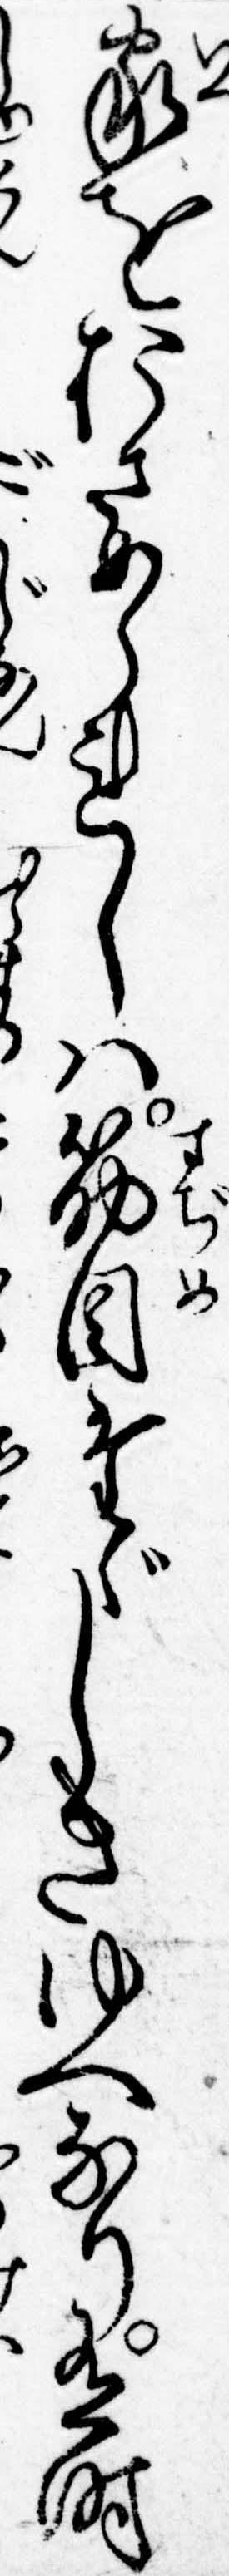
家をおさめられしは筋目たゞしきゆへなり有時